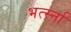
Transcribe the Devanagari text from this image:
भर्त्स्ना